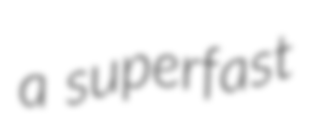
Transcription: a superfast